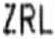
ZRL